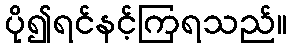
ပို၍ရင်နင့်ကြရသည်။